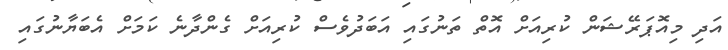
އަދި މިއޮޕަރޭޝަން ކުރިއަށް އޮތް ތަނުގައި އަބަދުވެސް ކުރިއަށް ގެންދާނެ ކަމަށް އެބަޔާނުގައި